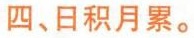
四、日积月累。